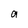
Character: a